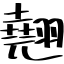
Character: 翹